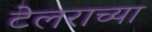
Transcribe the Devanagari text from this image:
टेलराच्या